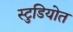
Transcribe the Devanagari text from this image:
स्टुडियोत